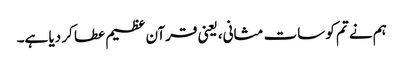
ہم نے تم کو سات مثانی، یعنی قرآن عظیم عطا کر دیا ہے۔